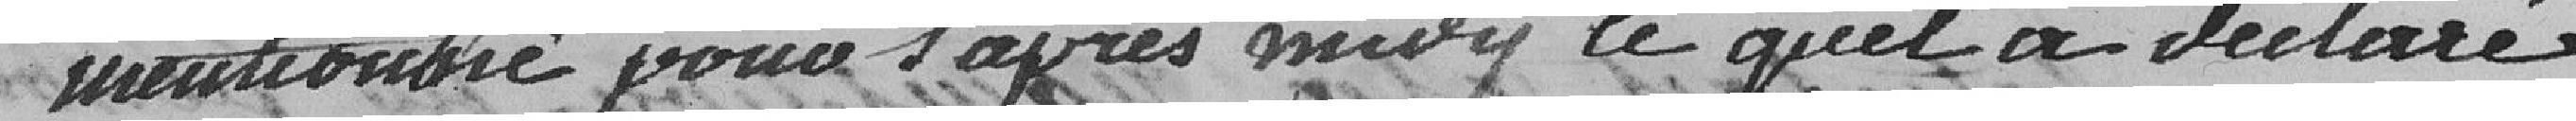
mentionné pour l'après-midi le quel a déclaré